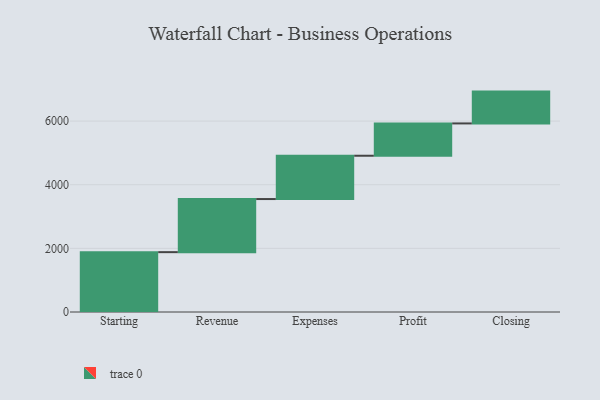
{"axis": {"x": "Step", "y": "Value"}, "legend": [""], "data": [{"x": "Starting", "y": 1881.0, "type": ""}, {"x": "Revenue", "y": 1669.0, "type": ""}, {"x": "Expenses", "y": 1361.0, "type": ""}, {"x": "Profit", "y": 1016.0, "type": ""}, {"x": "Closing", "y": 1000, "type": ""}]}